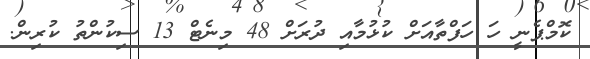
ކޮމްޕެނީ ހަ ހަފްތާއަށް ކުޅުމާއި ދުރަށް 48 މިނެޓް 13 ސިކުންތު ކުރިން.